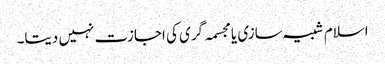
اسلام شبیہ سازی یا مجسمہ گری کی اجازت نہیں دیتا۔